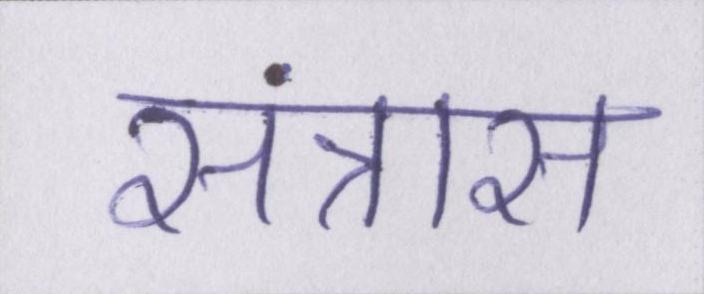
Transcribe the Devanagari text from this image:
संत्रास